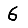
Digit: 6